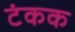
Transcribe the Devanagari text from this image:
टंकक